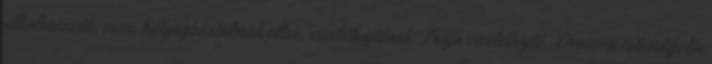
alkalmazzák, vese, hólyagbántalmak ellen, vizelethajtónak. Teája vizelethajtó. Drosera rotundifolia